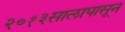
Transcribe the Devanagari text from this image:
२०१३सालापासून